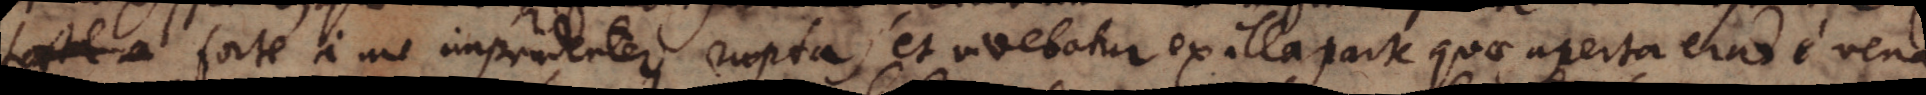
forte a forte a me imprudenter rupta) et videbatur ex illa parte quae aperta erat e vena